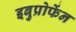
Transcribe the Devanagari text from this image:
इबुप्रोफेंन